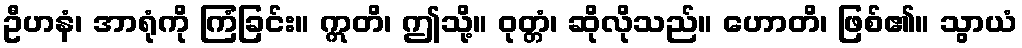
ဦဟနံ၊ အာရုံကို ကြံခြင်း။ ဣတိ၊ ဤသို့။ ဝုတ္တံ၊ ဆိုလိုသည်။ ဟောတိ၊ ဖြစ်၏။ သွာယံ